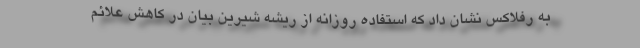
به رفلاکس نشان داد که استفاده روزانه از ریشه شیرین بیان در کاهش علائم